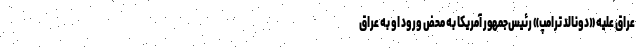
عراق علیه «دونالد ترامپ» رئیس‌جمهور آمریکا به محض ورود او به عراق